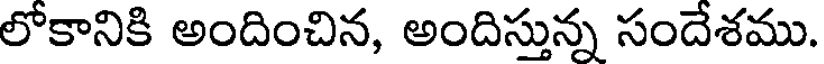
లోకానికి అందించిన, అందిస్తున్న సందేశము.